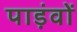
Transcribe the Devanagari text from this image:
पाड़ंवों